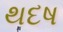
થદષ